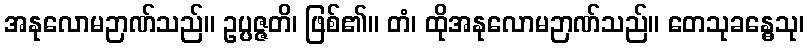
အနုလောမဉာဏ်သည်။ ဥပ္ပဇ္ဇတိ၊ ဖြစ်၏။ တံ၊ ထိုအနုလောမဉာဏ်သည်။ တေသုခန္ဓေသု၊